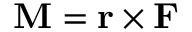
\mathbf { M } = \mathbf { r } \times \mathbf { F }